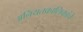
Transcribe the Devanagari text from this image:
अनियतकालिकांचे